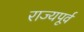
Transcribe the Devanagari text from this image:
राज्यपूर्व